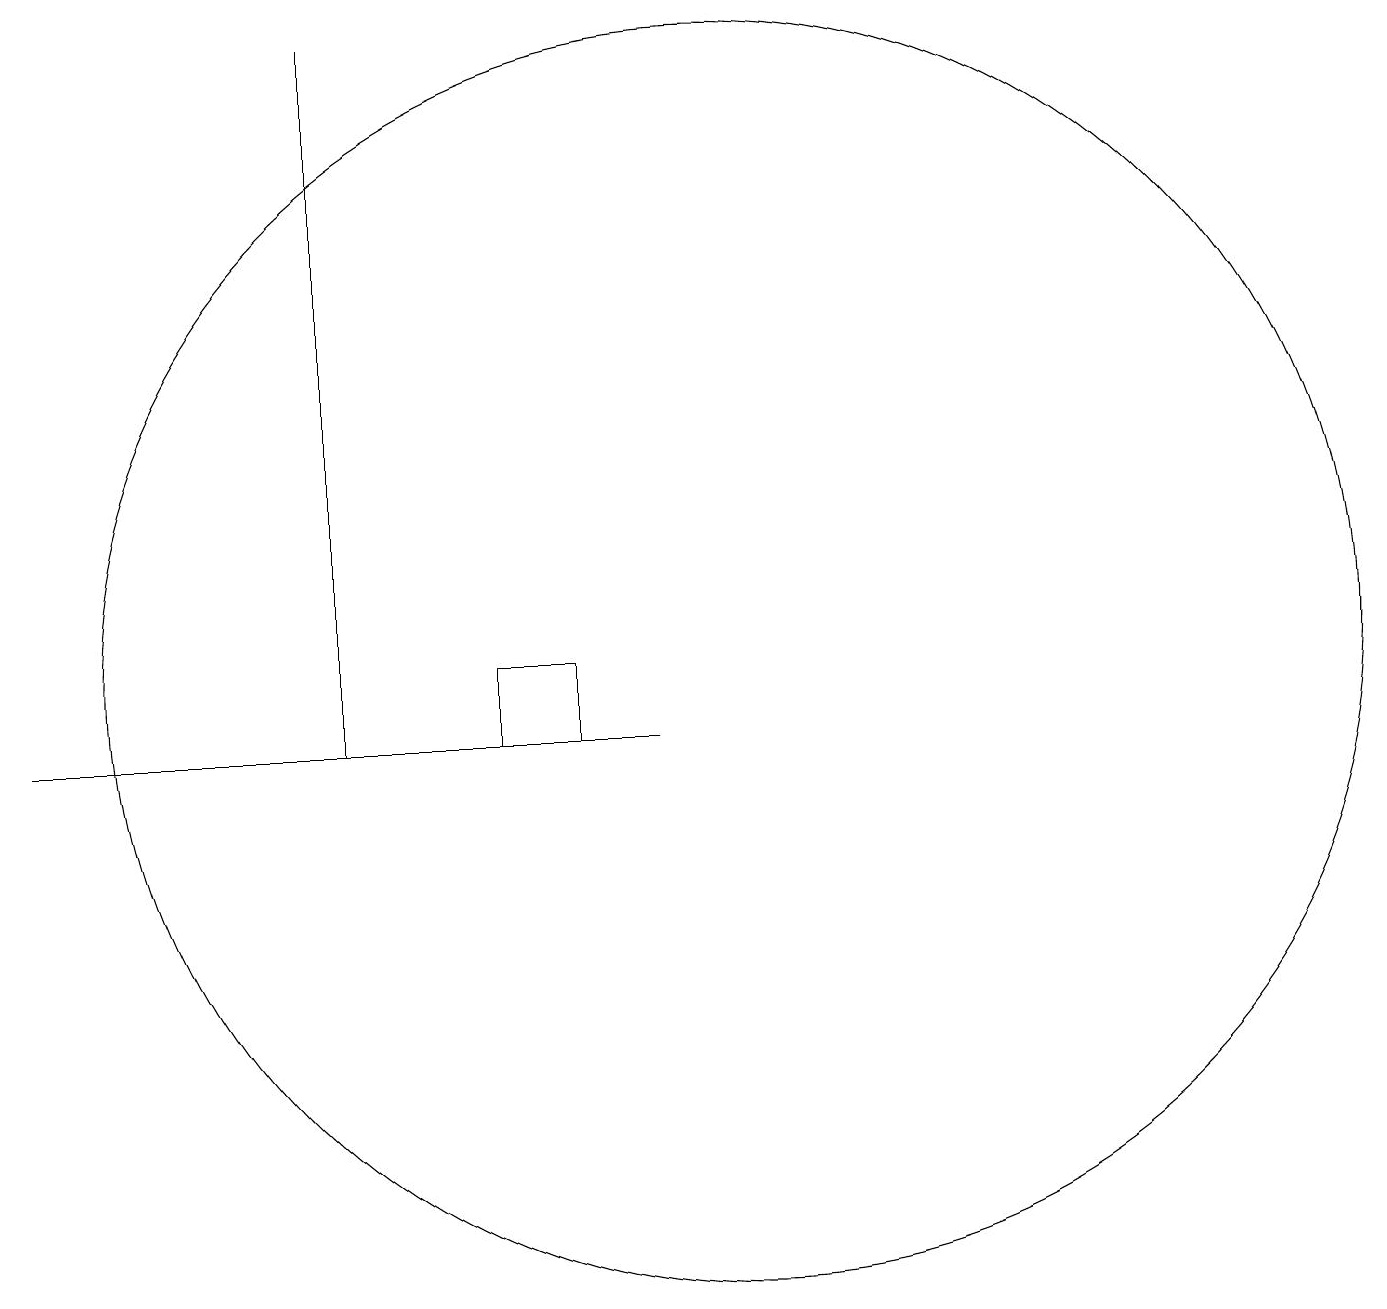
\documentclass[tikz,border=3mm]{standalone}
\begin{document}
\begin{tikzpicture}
\draw (8,10) rectangle (7,11);
\draw (10,11) circle (8);
\draw (1,10) rectangle (9,10);
\draw (5,10) rectangle (5,19);
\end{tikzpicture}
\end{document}